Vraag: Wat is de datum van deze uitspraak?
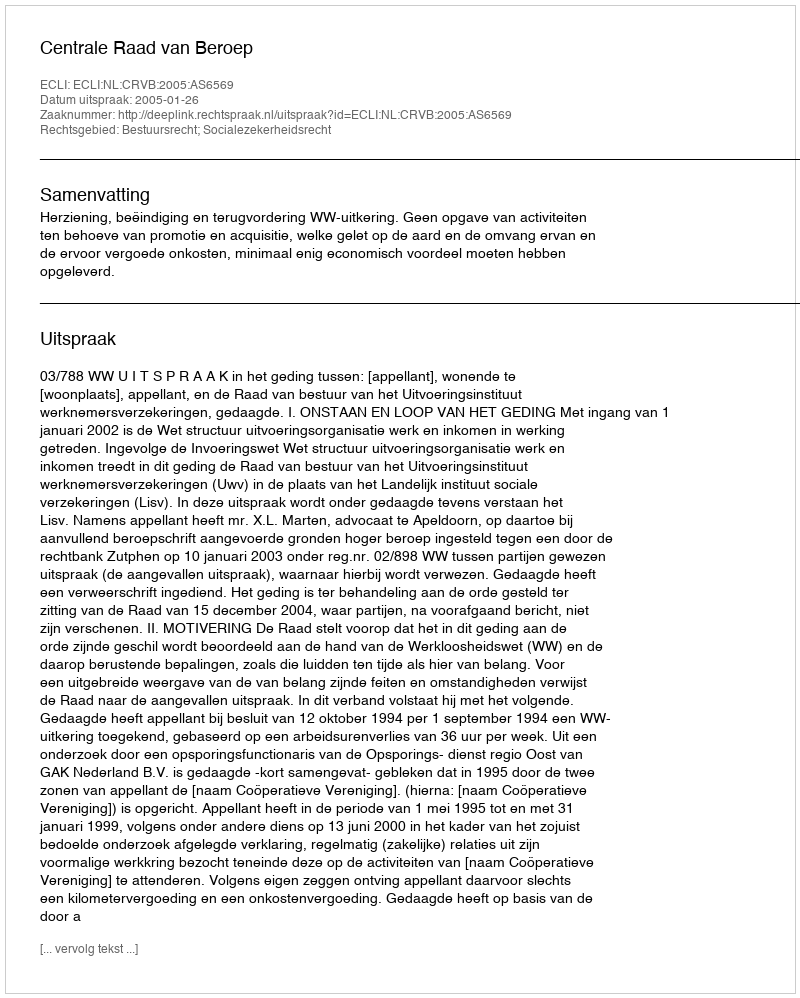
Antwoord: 2005-01-26